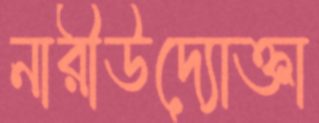
নারীউদ্যোক্তা